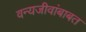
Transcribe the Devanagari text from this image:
वन्यजीवांबाबत